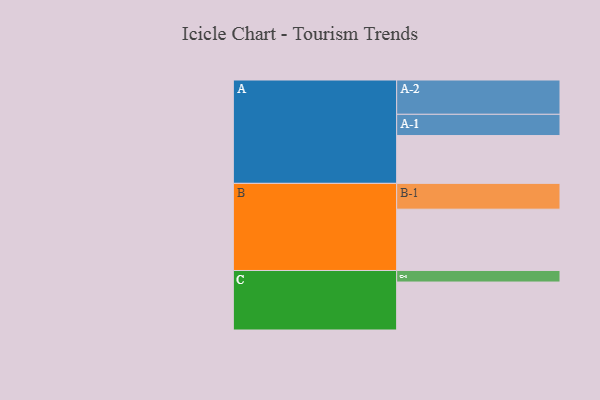
{"axis": {"x": "Segment", "y": "Value"}, "legend": ["", "A", "B", "C"], "data": [{"x": "A", "y": 315, "type": ""}, {"x": "B", "y": 404, "type": ""}, {"x": "C", "y": 316, "type": ""}, {"x": "A-1", "y": 140, "type": "A"}, {"x": "A-2", "y": 226, "type": "A"}, {"x": "B-1", "y": 170, "type": "B"}, {"x": "C-1", "y": 76, "type": "C"}]}